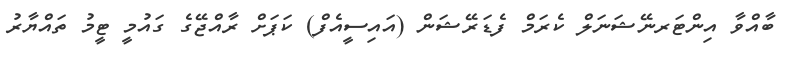
ބާއްވާ އިންޓަރނޭޝަނަލް ކެރަމް ފެޑަރޭޝަން (އައިސީއެފް) ކަޕަށް ރާއްޖޭގެ ގައުމީ ޓީމު ތައްޔާރު